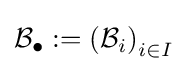
{\mathcal {B}}_{\bullet }:=\left({\mathcal {B}}_{i}\right)_{i\in I}